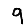
Digit: 9